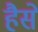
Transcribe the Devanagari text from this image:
हैसे